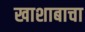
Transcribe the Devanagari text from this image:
खाशाबाचा